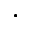
\cdot